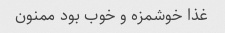
غذا خوشمزه و خوب بود ممنون